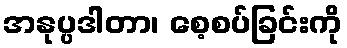
အနုပ္ပဒါတာ၊ စေ့စပ်ခြင်းကို